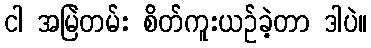
ငါ အမြဲတမ်း စိတ်ကူးယဉ်ခဲ့တာ ဒါပဲ။